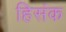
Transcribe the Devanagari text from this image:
हिसंक